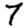
Digit: 7